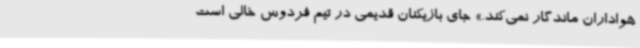
هواداران ماندگار نمی‌کند.» جای بازیکنان قدیمی در تیم فردوس خالی است